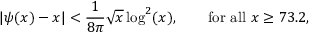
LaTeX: | \psi ( x ) - x | < { \frac { 1 } { 8 \pi } } { \sqrt { x } } \log ^ { 2 } ( x ) , \qquad { \mathrm { f o r ~ a l l ~ } } x \geq 7 3 . 2 ,